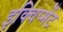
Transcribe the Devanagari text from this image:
इक्विप्मेंट